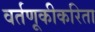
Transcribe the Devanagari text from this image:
वर्तणूकीकरिता